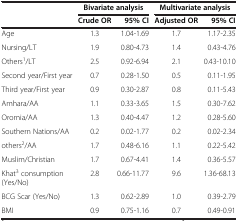
<table><thead><tr><td><b> </b></td><td colspan="2"><b>Bivariate analysis</b></td><td colspan="2"><b>Multivariate analysis</b></td></tr><tr><td><b> </b></td><td><b>Crude OR</b></td><td><b>95% CI</b></td><td><b>Adjusted OR</b></td><td><b>95% CI</b></td></tr></thead><tbody><tr><td>Age</td><td>1.3</td><td>1.04-1.69</td><td>1.7</td><td>1.17-2.35</td></tr><tr><td>Nursing/LT</td><td>1.9</td><td>0.80-4.73</td><td>1.4</td><td>0.43-4.76</td></tr><tr><td>Others<sup>1</sup>/LT</td><td>2.5</td><td>0.92-6.94</td><td>2.1</td><td>0.43-10.10</td></tr><tr><td>Second year/First year</td><td>0.7</td><td>0.28-1.50</td><td>0.5</td><td>0.11-1.95</td></tr><tr><td>Third year/First year</td><td>0.9</td><td>0.30-2.87</td><td>0.8</td><td>0.11-5.43</td></tr><tr><td>Amhara/AA</td><td>1.1</td><td>0.33-3.65</td><td>1.5</td><td>0.30-7.62</td></tr><tr><td>Oromia/AA</td><td>1.3</td><td>0.40-4.47</td><td>1.2</td><td>0.28-5.60</td></tr><tr><td>Southern Nations/AA</td><td>0.2</td><td>0.02-1.77</td><td>0.2</td><td>0.02-2.34</td></tr><tr><td>others<sup>2</sup>/AA</td><td>1.7</td><td>0.48-6.16</td><td>1.1</td><td>0.22-5.42</td></tr><tr><td>Muslim/Christian</td><td>1.7</td><td>0.67-4.41</td><td>1.4</td><td>0.36-5.57</td></tr><tr><td>Khat<sup>3</sup> consumption (Yes/No)</td><td>2.8</td><td>0.66-11.77</td><td>9.6</td><td>1.36-68.13</td></tr><tr><td>BCG Scar (Yes/No)</td><td>1.3</td><td>0.62-2.89</td><td>1.0</td><td>0.39-2.79</td></tr><tr><td>BMI</td><td>0.9</td><td>0.75-1.16</td><td>0.7</td><td>0.49-0.91</td></tr></tbody></table>